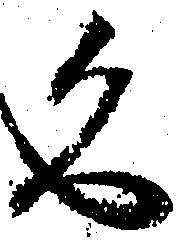
久